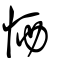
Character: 恓